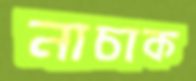
নাচাক